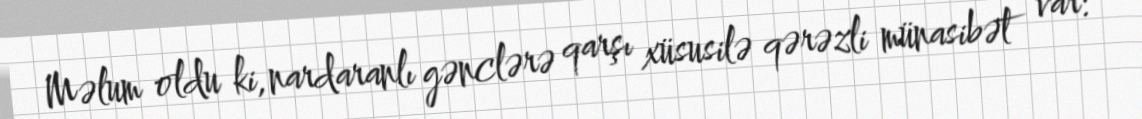
Məlum oldu ki, nardaranlı gənclərə qarşı xüsusilə qərəzli münasibət var: